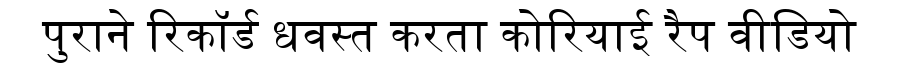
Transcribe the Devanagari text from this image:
पुराने रिकॉर्ड धवस्त करता कोरियाई रैप वीडियो